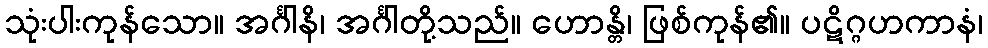
သုံးပါးကုန်သော။ အင်္ဂါနိ၊ အင်္ဂါတို့သည်။ ဟောန္တိ၊ ဖြစ်ကုန်၏။ ပဋိဂ္ဂဟကာနံ၊